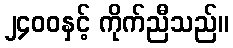
၂၄၀၀နှင့် ကိုက်ညီသည်။